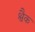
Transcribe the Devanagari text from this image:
श्वैक